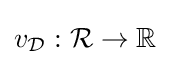
v_{\mathcal {D}}:{\mathcal {R}}\rightarrow \mathbb {R}